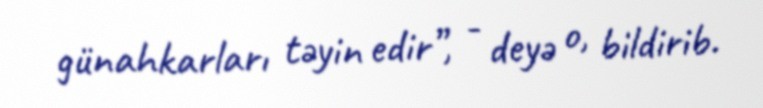
günahkarları təyin edir”, - deyə o, bildirib.